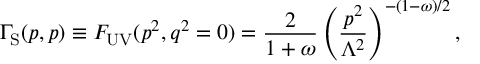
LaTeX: { \Gamma _ { \mathrm { S } } } ( p , p ) \equiv F _ { \mathrm { U V } } ( p ^ { 2 } , q ^ { 2 } = 0 ) = \frac { 2 } { 1 + \omega } \left( \frac { p ^ { 2 } } { \Lambda ^ { 2 } } \right) ^ { - ( 1 - \omega ) / 2 } ,